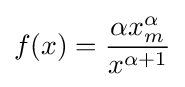
f(x)={\frac {\alpha x_{m}^{\alpha }}{x^{\alpha +1}}}